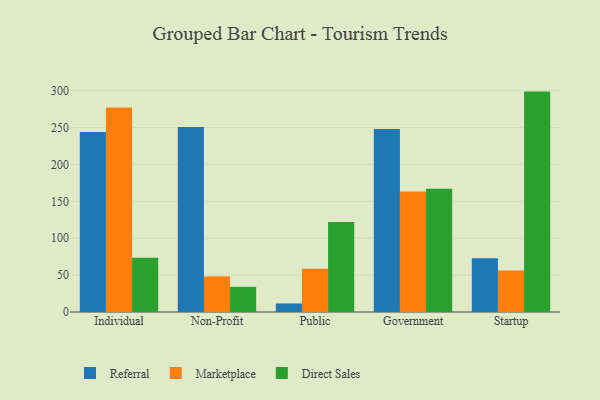
{"axis": {"x": "Segment", "y": "Churn Rate (%)"}, "legend": ["Direct Sales", "Marketplace", "Referral"], "data": [{"x": "Individual", "y": 243.9, "type": "Referral"}, {"x": "Individual", "y": 277.0, "type": "Marketplace"}, {"x": "Individual", "y": 73.4, "type": "Direct Sales"}, {"x": "Non-Profit", "y": 250.8, "type": "Referral"}, {"x": "Non-Profit", "y": 48.3, "type": "Marketplace"}, {"x": "Non-Profit", "y": 34.1, "type": "Direct Sales"}, {"x": "Public", "y": 11.6, "type": "Referral"}, {"x": "Public", "y": 58.7, "type": "Marketplace"}, {"x": "Public", "y": 122.1, "type": "Direct Sales"}, {"x": "Government", "y": 247.9, "type": "Referral"}, {"x": "Government", "y": 163.2, "type": "Marketplace"}, {"x": "Government", "y": 167.2, "type": "Direct Sales"}, {"x": "Startup", "y": 72.8, "type": "Referral"}, {"x": "Startup", "y": 56.3, "type": "Marketplace"}, {"x": "Startup", "y": 298.7, "type": "Direct Sales"}]}